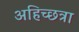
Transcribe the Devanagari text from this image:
अहिच्छत्रा